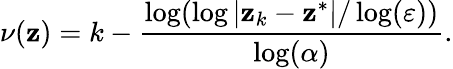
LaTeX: \nu(\mathbf{z})=k-{\frac{{\log(\log|\mathbf{z}_{k}-\mathbf{z}^{*}|/\log(\varepsilon))}}{{\log(\alpha)}}}.